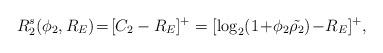
LaTeX: \begin{align*}R_{2}^{s}(\phi_{2},R_{E})\! =\! [C_{2}-R_{E}]^{+}= [\log_{2}(1\!+\!\phi_{2}\tilde{\rho_{2}})\!-\!R_{E}]^{+},\end{align*}